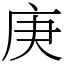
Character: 庚